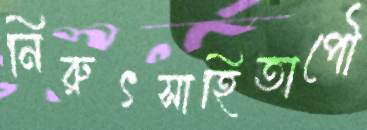
নিরুৎসাহিতাপৌ